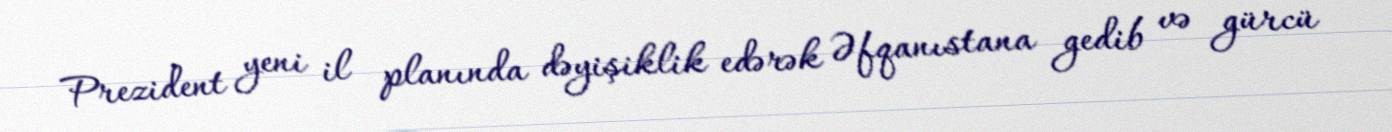
Prezident yeni il planında dəyişiklik edərək Əfqanıstana gedib və gürcü